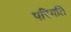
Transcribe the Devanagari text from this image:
परिगति